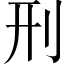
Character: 刑